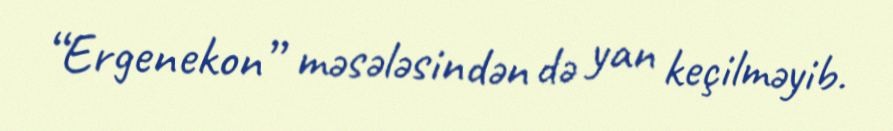
“Ergenekon” məsələsindən də yan keçilməyib.